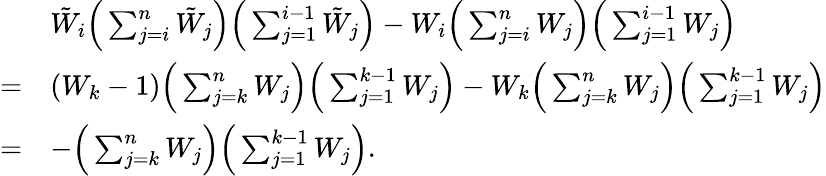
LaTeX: \begin{array}{rl}&{{\tilde{W}}_{i}\Big(\sum_{j=i}^{n}{\tilde{W}}_{j}\Big)\Big(\sum_{j=1}^{i-1}{\tilde{W}}_{j}\Big)-W_{i}\Big(\sum_{j=i}^{n}W_{j}\Big)\Big(\sum_{j=1}^{i-1}W_{j}\Big)}\\ {=}&{(W_{k}-1)\Big(\sum_{j=k}^{n}W_{j}\Big)\Big(\sum_{j=1}^{k-1}W_{j}\Big)-W_{k}\Big(\sum_{j=k}^{n}W_{j}\Big)\Big(\sum_{j=1}^{k-1}W_{j}\Big)}\\ {=}&{-\Big(\sum_{j=k}^{n}W_{j}\Big)\Big(\sum_{j=1}^{k-1}W_{j}\Big).}\end{array}